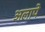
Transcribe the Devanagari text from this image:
अलापे